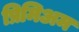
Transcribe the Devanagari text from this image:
प्रिमिअम